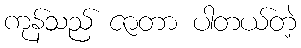
ကုန်သည် ဇာတာ ပါတယ်တဲ့